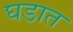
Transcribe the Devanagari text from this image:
घडात